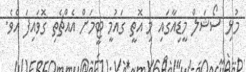
މުޅި ސޯޝަލް މީޑިއާގައި މި އޮތީ ގައުމީ ޓީމަށް އެއްޗެތި ގޮވައިފަ އެވެ.